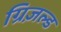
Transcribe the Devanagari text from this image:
ग्रिज़ल्ड